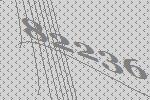
82236